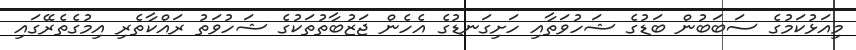
މިއަޅުކަމުގެ ސަބަބުން ބަޑުގެ ޝަހުވަތާއި ހަށިގަނޑުގެ އެހެން ޖަޒުބާތުތަކުގެ ޝަހުވަތު ރައްކާތެރި އިމުގެތެރޭގައި